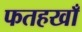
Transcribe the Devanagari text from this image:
फतहखाँ